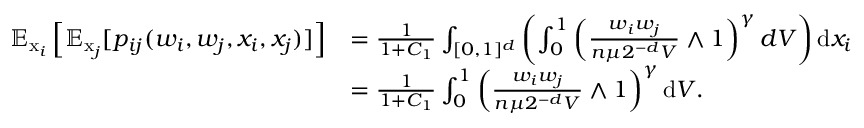
\begin{array} { r l } { \mathbb { E } _ { \operatorname { x } _ { i } } \left[ \mathbb { E } _ { \operatorname { x } _ { j } } [ p _ { i j } ( w _ { i } , w _ { j } , x _ { i } , x _ { j } ) ] \right] } & { = \frac { 1 } { 1 + C _ { 1 } } \int _ { [ 0 , 1 ] ^ { d } } \left( \int _ { 0 } ^ { 1 } \left( \frac { w _ { i } w _ { j } } { n \mu 2 ^ { - d } V } \wedge 1 \right) ^ { \gamma } d V \right) \mathrm { d } x _ { i } } \\ & { = \frac { 1 } { 1 + C _ { 1 } } \int _ { 0 } ^ { 1 } \left( \frac { w _ { i } w _ { j } } { n \mu 2 ^ { - d } V } \wedge 1 \right) ^ { \gamma } \mathrm { d } V . } \end{array}